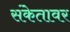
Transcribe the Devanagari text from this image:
संकेतावर